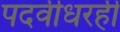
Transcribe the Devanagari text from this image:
पदवीधरही